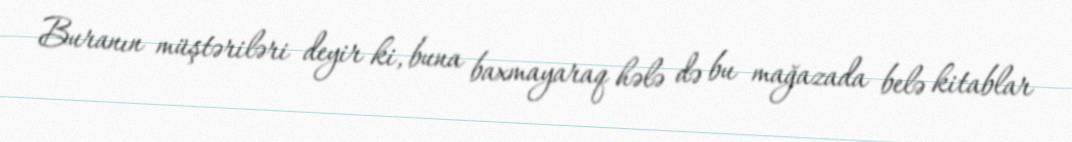
Buranın müştəriləri deyir ki, buna baxmayaraq hələ də bu mağazada belə kitablar